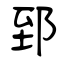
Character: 郅